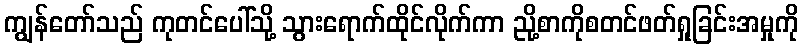
ကျွန်တော်သည် ကုတင်ပေါ်သို့ သွားရောက်ထိုင်လိုက်ကာ ညို့စာကိုစတင်ဖတ်ရှုခြင်းအမှုကို